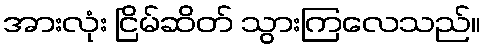
အားလုံး ငြိမ်ဆိတ် သွားကြလေသည်။